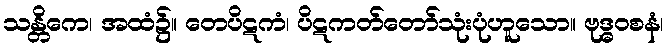
သန္တိကေ၊ အထံ၌။ တေပိဋကံ၊ ပိဋကတ်တော်သုံးပုံဟူသော။ ဗုဒ္ဓဝစနံ၊